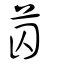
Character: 苬